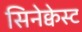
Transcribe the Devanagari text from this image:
सिनेक्वेस्ट